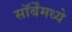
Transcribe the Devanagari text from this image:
सॉर्बेंमध्ये